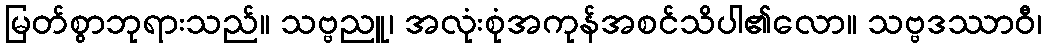
မြတ်စွာဘုရားသည်။ သဗ္ဗညူ၊ အလုံးစုံအကုန်အစင်သိပါ၏လော။ သဗ္ဗဒဿာဝီ၊